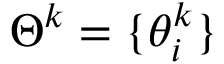
\Theta ^ { k } = \{ \theta _ { i } ^ { k } \}